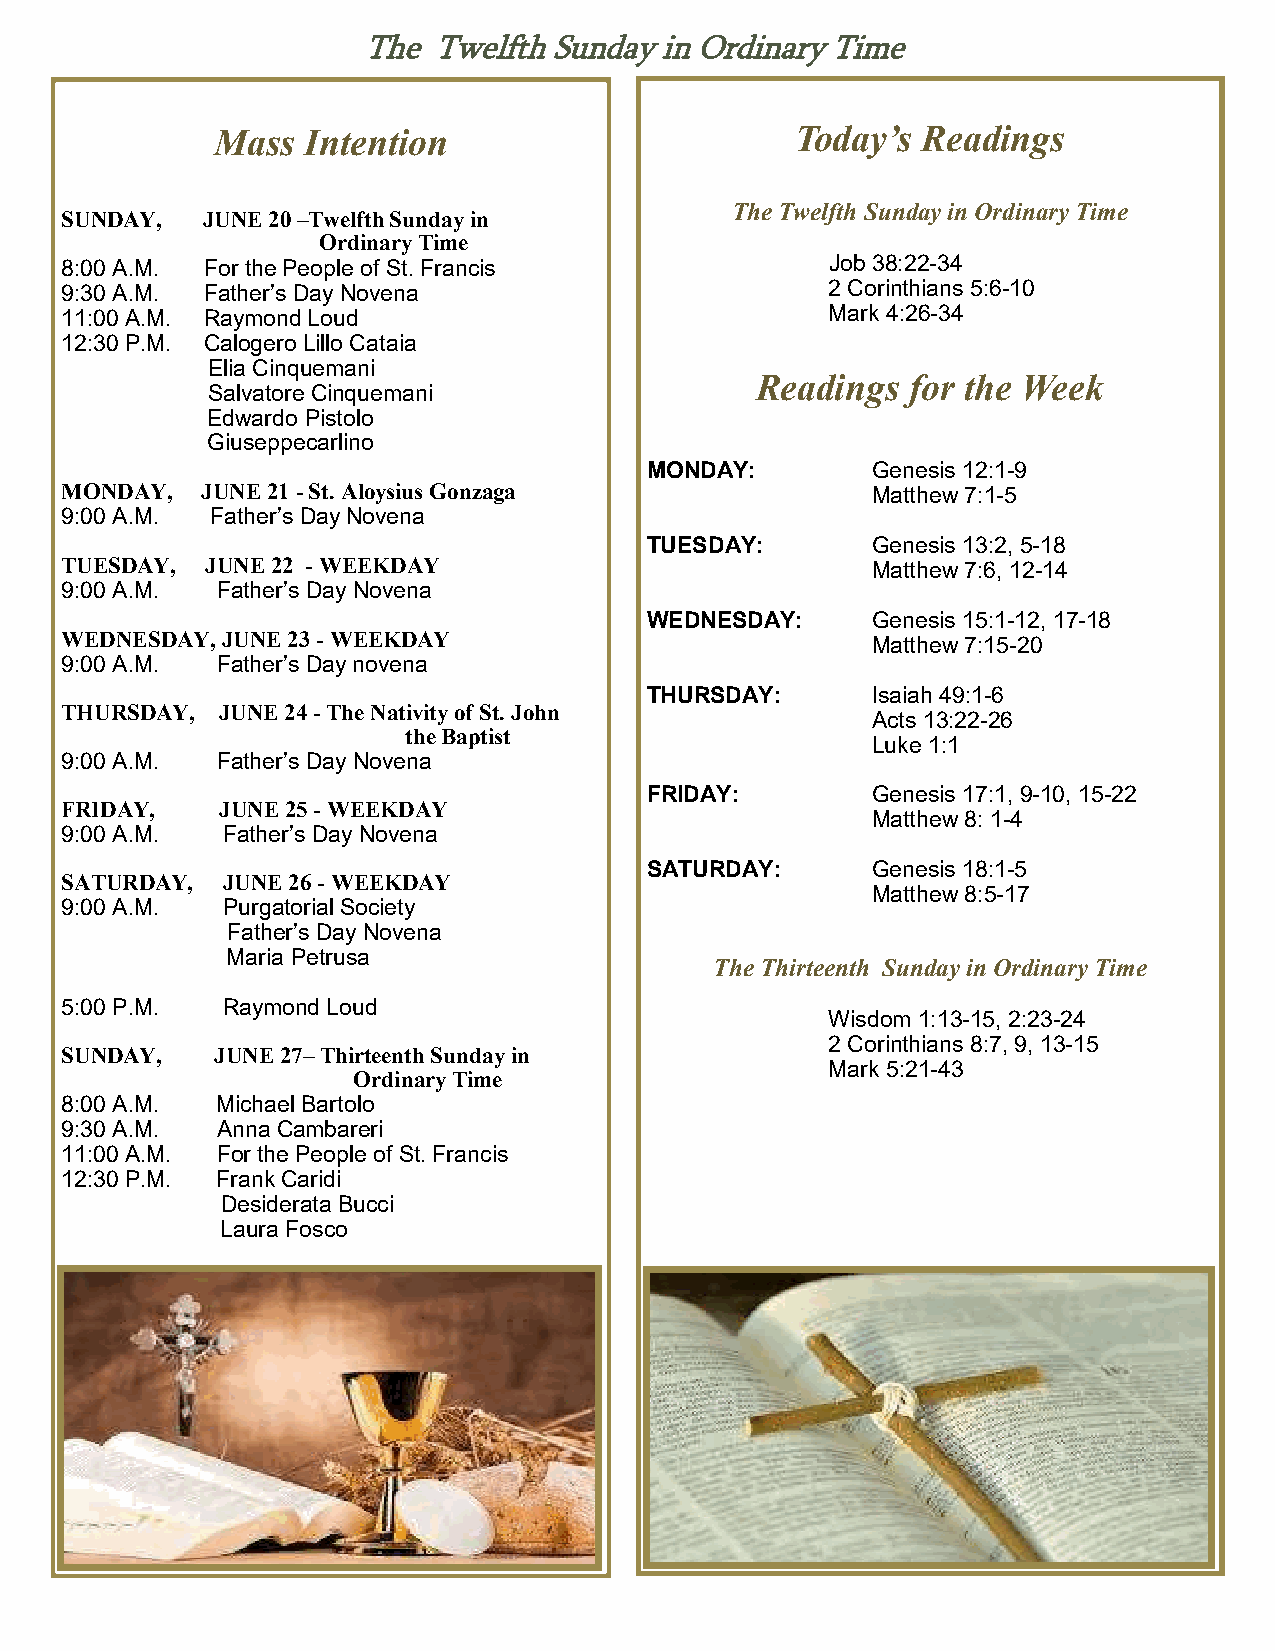
The  Twelfth Sunday in Ordinary Time
 Mass  Intention                        Today’s Readings
 The Twelfth Sunday in Ordinary Time
 SUNDAY,  JUNE 20 –Twelfth Sunday in
 Ordinary Time
 8:00 A.M. For the People of St. Francis            Job 38:22-34
 9:30 A.M. Father’s Day Novena                      2 Corinthians 5:6-10
 11:00 A.M. Raymond Loud                            Mark 4:26-34
 12:30 P.M. Calogero Lillo Cataia
 Elia Cinquemani
 Readings  for the Week
 Salvatore Cinquemani
 Edwardo Pistolo
 Giuseppecarlino
 MONDAY:        Genesis 12:1-9
 MONDAY,  JUNE 21 - St. Aloysius Gonzaga               M a t t h e w 7 : 1 - 5
 9:00 A.M. Father’s Day Novena
 TUESDAY:       Genesis 13:2, 5-18
 TUESDAY,  JUNE 22 - WEEKDAY                           Matthew 7:6, 12-14
 9:00 A.M. Father’s Day Novena
 WEDNESDAY:     Genesis 15:1-12, 17-18
 WEDNESDAY, JUNE 23 - WEEKDAY                          Matthew 7:15-20
 9:00 A.M. Father’s Day novena
 THURSDAY:      Isaiah 49:1-6
 THURSDAY, JUNE 24 - The Nativity of St. John
 Acts 13:22-26
 the Baptist
 Luke 1:1
 9:00 A.M. Father’s Day Novena
 FRIDAY:        Genesis 17:1, 9-10, 15-22
 FRIDAY,    JUNE 25 - WEEKDAY
 Matthew 8: 1-4
 9:00 A.M.  Father’s Day Novena
 SATURDAY:      Genesis 18:1-5
 SATURDAY,  JUNE 26 - WEEKDAY
 Matthew 8:5-17
 9:00 A.M.  Purgatorial Society
 Father’s Day Novena
 Maria Petrusa
 The Thirteenth Sunday in Ordinary Time
 5:00 P.M.  Raymond Loud
 Wisdom 1:13-15, 2:23-24
 2 Corinthians 8:7, 9, 13-15
 SUNDAY,   JUNE 27– Thirteenth Sunday in
 Mark 5:21-43
 Ordinary Time
 8:00 A.M. Michael Bartolo
 9:30 A.M. Anna Cambareri
 11:00 A.M. For the People of St. Francis
 12:30 P.M. Frank Caridi
 Desiderata Bucci
 Laura Fosco